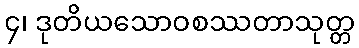
၄၊ ဒုတိယသောဝစဿတာသုတ္တ